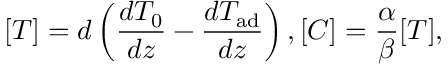
[ T ] = d \left( \frac { d T _ { 0 } } { d z } - \frac { d T _ { \mathrm { a d } } } { d z } \right) , [ C ] = \frac { \alpha } { \beta } [ T ] ,